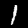
Digit: 1